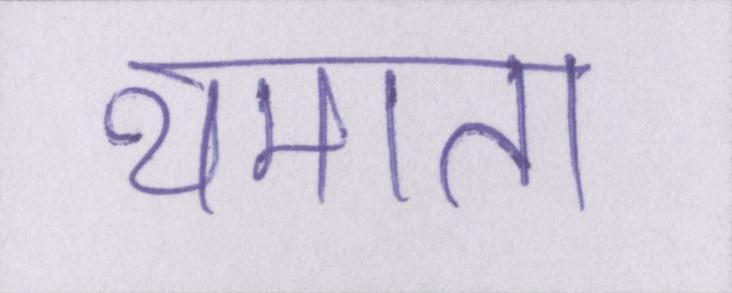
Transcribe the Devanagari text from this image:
थमाता